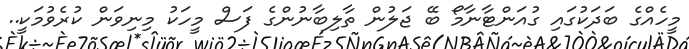
މީހެއްގެ ބަދަކުގައި ގުއަންޓާނާމޯ ބޭ ޖަލުން ތާލިބާނުންގެ ފަސް މީހަކު މިނިވަން ކުރެވުމަކީ..